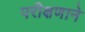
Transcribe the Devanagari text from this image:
परीक्षणाने